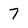
Character: 7